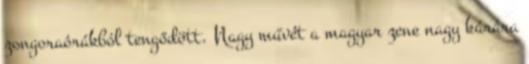
zongoraórákból tengődött. Nagy művét a magyar zene nagy kárára